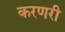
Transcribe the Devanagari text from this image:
करणरी